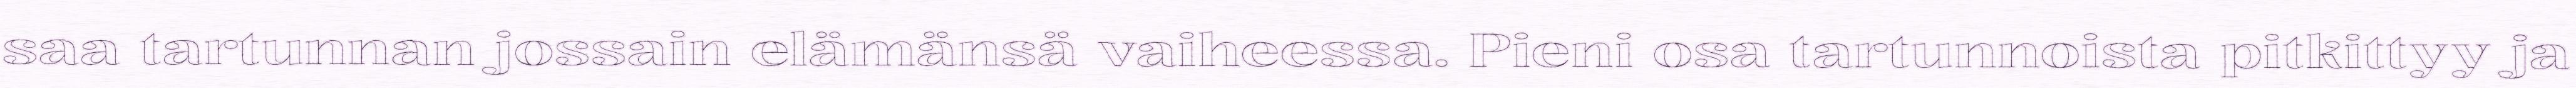
saa tartunnan jossain elämänsä vaiheessa. Pieni osa tartunnoista pitkittyy ja